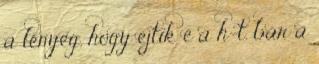
a lényeg, hogy ejtik e a h-t. bár a